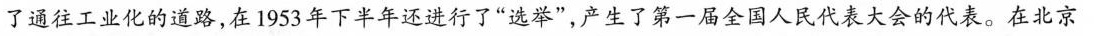
了通往工业化的道路，在1953年下半年还进行了”选举”，产生了第一届全国人民代表大会的代表。在北京